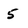
Character: 5